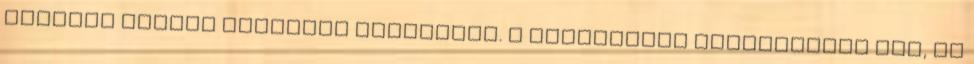
egyedül neveli négyéves kislányát. A világhálón ismerkednek meg, és